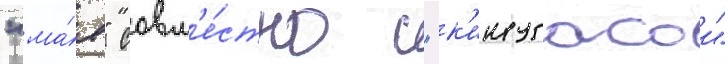
"ма́я" совм'е́стно с "к'инугасои"